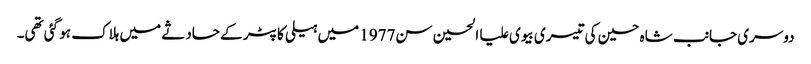
دوسری جانب شاہ حسین کی تیسری بیوی علیا الحسین سن1977 میں ہیلی کاپٹر کے حادثے میں ہلاک ہو گئی تھی۔